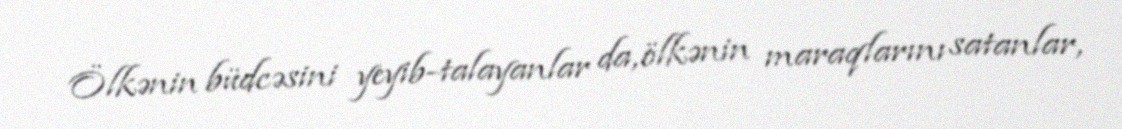
Ölkənin büdcəsini yeyib-talayanlar da, ölkənin maraqlarını satanlar,